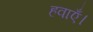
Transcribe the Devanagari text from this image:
हवाएँ।